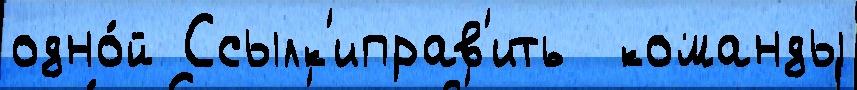
одно́й Ссылк'иправ'ить  команды